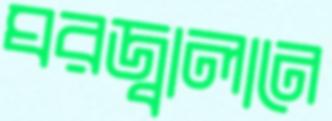
ঘরজ্বালানে